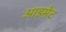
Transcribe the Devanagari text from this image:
आइमेट